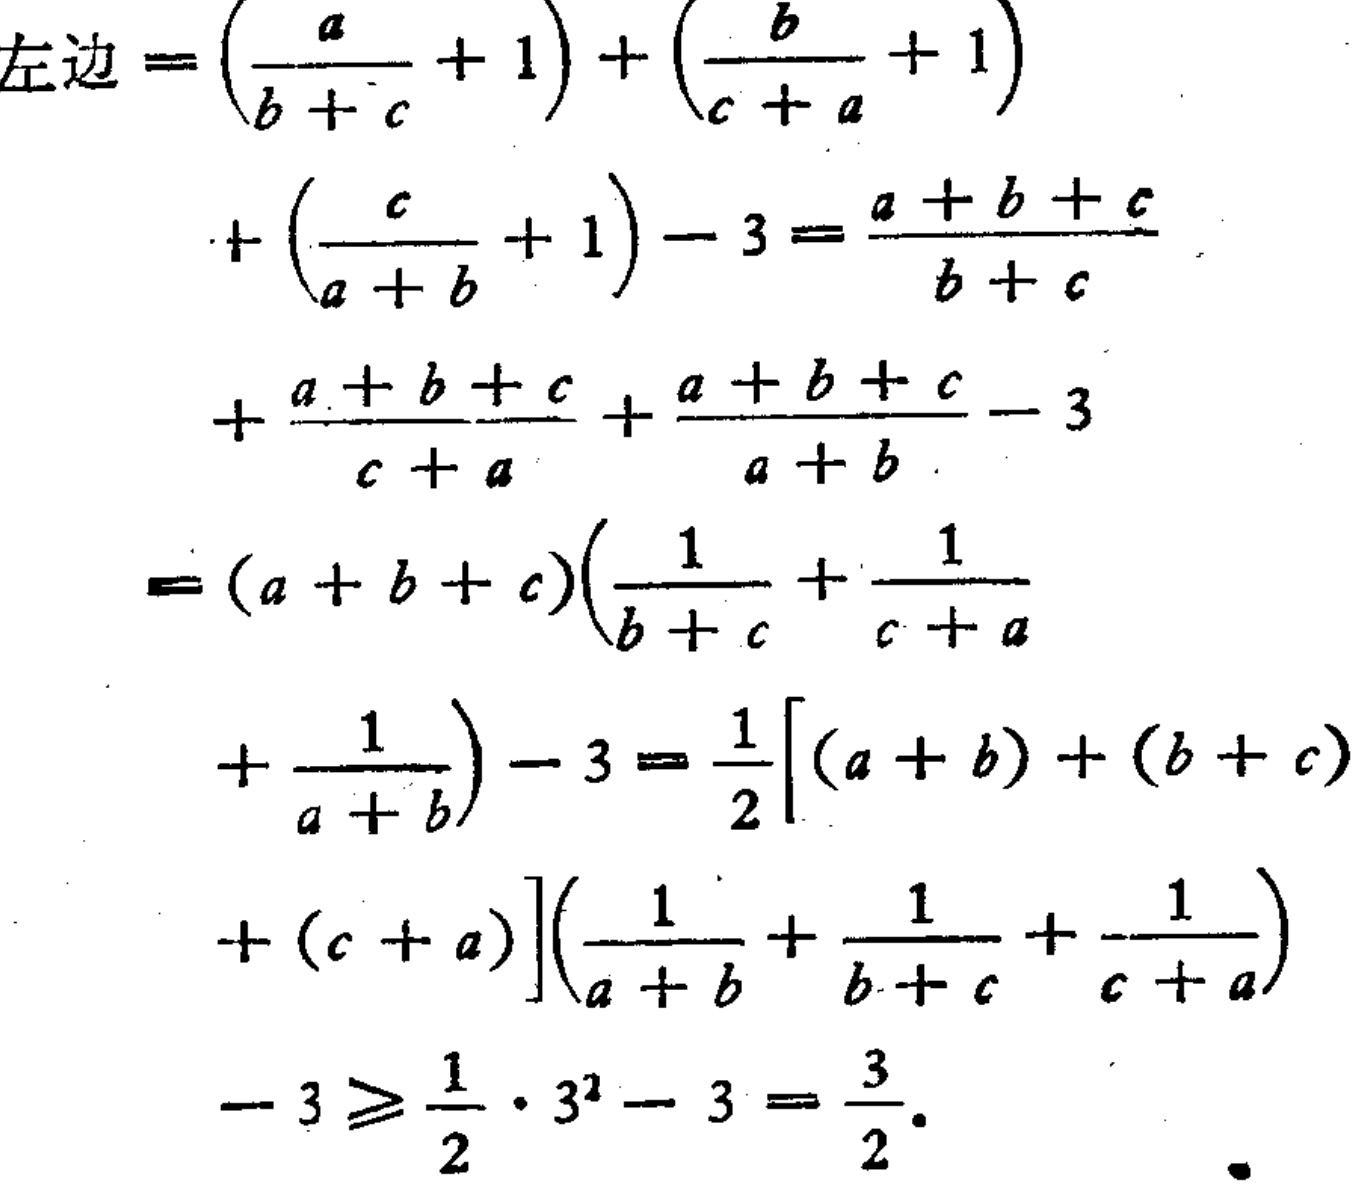
\[

\begin{align*}

左边&=\left(\frac{a}{b + c}+1\right)+\left(\frac{b}{c + a}+1\right)\\

&+\left(\frac{c}{a + b}+1\right)-3=\frac{a + b + c}{b + c}\\

&+\frac{a + b + c}{c + a}+\frac{a + b + c}{a + b}-3\\

&=(a + b + c)\left(\frac{1}{b + c}+\frac{1}{c + a}\right.\\

&\left.+\frac{1}{a + b}\right)-3=\frac{1}{2}[(a + b)+(b + c)\\

&+(c + a)]\left(\frac{1}{a + b}+\frac{1}{b + c}+\frac{1}{c + a}\right)\\

&-3\geqslant\frac{1}{2}\cdot3^2 - 3=\frac{3}{2}.

\end{align*}

\]